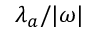
\lambda _ { a } / { \vert } \omega { \vert }